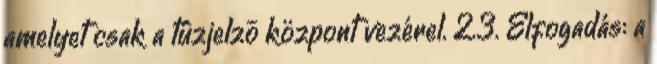
amelyet csak a tûzjelzõ központ vezérel. 2.3. Elfogadás: a